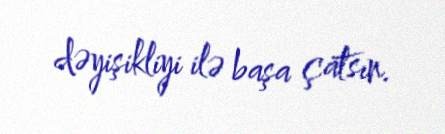
dəyişikliyi ilə başa çatsın.